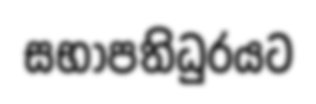
සභාපතිධුරයට